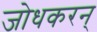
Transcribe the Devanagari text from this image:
जोधकरन्